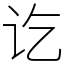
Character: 讫